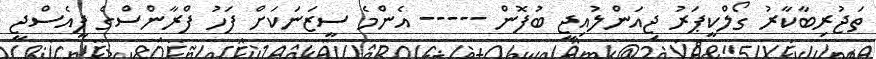
ތަޖުރިބާކާރު ގޯލްކީޕަރު ޖިއަންލުއިޖީ ބުފޮން ----- އެންމެ ސީޒަނަކަށް ފަހު ފްރާންސްގެ ޕީއެސްޖީ